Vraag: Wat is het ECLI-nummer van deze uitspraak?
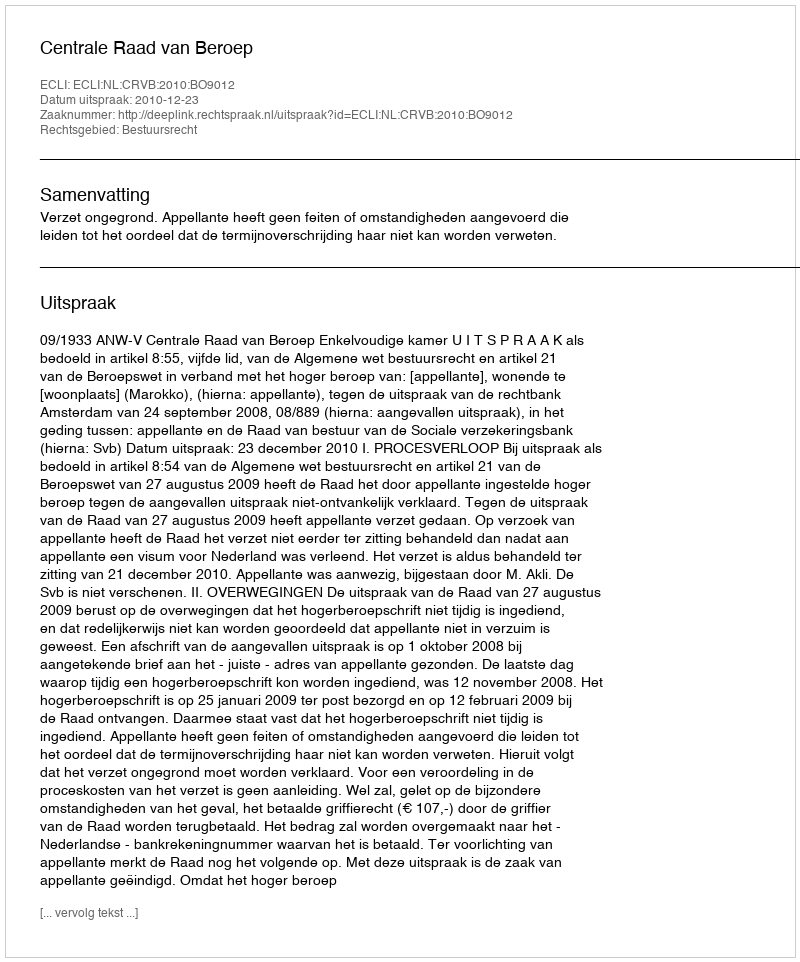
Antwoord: ECLI:NL:CRVB:2010:BO9012